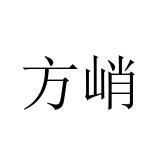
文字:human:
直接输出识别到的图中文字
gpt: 方峭